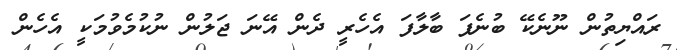
ރައްޔިތުން ނޫނެކޭ ބުނެފަ ބާލާފަ އެހެރީ ދެން އޭނަ ޖަލުން ނުކުމެވުމަކީ އެހެން